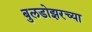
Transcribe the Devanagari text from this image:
बुलडोझरच्या